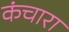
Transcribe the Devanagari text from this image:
कंचारा